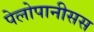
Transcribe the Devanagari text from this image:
पेलोपानीसस